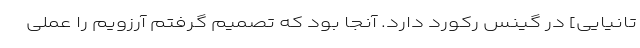
تانیایی] در گینس رکورد دارد. آنجا بود که تصمیم گرفتم آرزویم را عملی